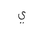
Letter: _ya